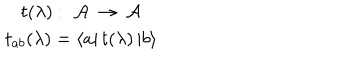
\begin{array} { c } { { t ( \lambda ) : \; { \cal A } \: \rightarrow \: { \cal A } } } \\ { { t _ { a b } ( \lambda ) = \left\langle a \right| t ( \lambda ) \left| b \right\rangle } } \\ \end{array}